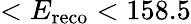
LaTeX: <E_{\mathrm{reco}}<158.5